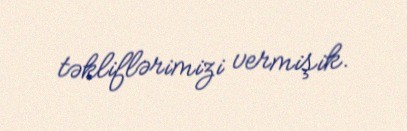
təkliflərimizi vermişik.